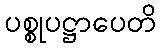
ပစ္စုပဋ္ဌာပေတိ